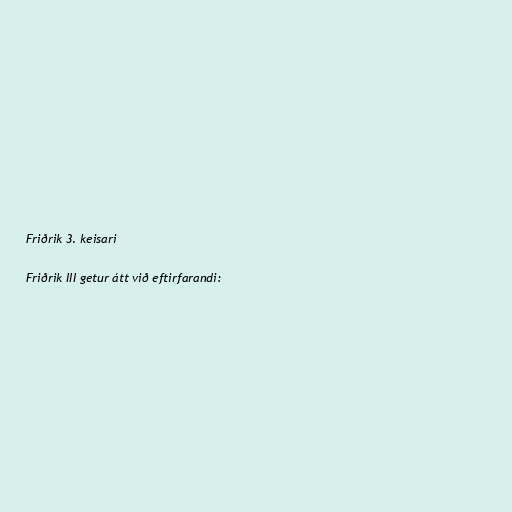
Friðrik 3. keisari

Friðrik III getur átt við eftirfarandi: